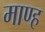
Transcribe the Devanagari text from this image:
माण्ह